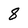
Character: 8